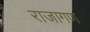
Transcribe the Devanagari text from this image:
राजागण